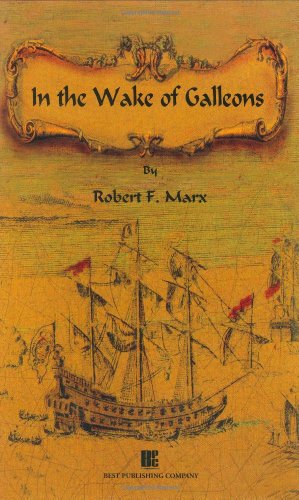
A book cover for In the Wake of Galleons; Robert F. Marx; Sports & Outdoors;